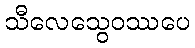
သီလေသွေဝဿပေ